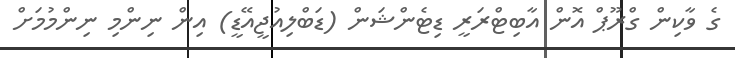
ގެ ވާކިން ގްރޫޕް އޮން އާބިޓްރަރީ ޑިޓެންޝަން (ޑަބްލިއުޖީއޭޑީ) އިން ނިންމި ނިންމުމަށް